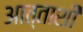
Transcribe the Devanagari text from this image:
आत्ताशी